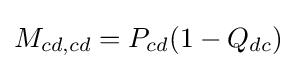
M_{cd,cd}=P_{cd}(1-Q_{dc})